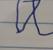
Signature authenticity: forged